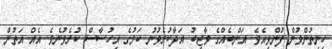
ހިނިތުންވުން ފުންވިއެވެ. އަންބެއްގެ ވާޖިބު އަދާކުރެވުނު ކަމުގެ އިހުސާސް ކުރެވުނެވެ. އެއް އަތުން